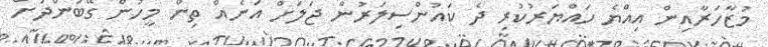
މުޒާހަރާއިން އިއްޔެ ހައްޔަރުކުރި ދެ ކައުންސިލަރުން ޖަލަށް އަނެއް ތިން މީހުން ގޭބަންދަށް